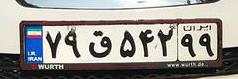
۷۹ق۵۴۲۹۹